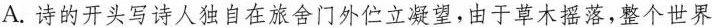
A.诗的开头写诗人独自在旅舍门外伫立凝望，由于草木摇落，整个世界